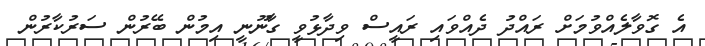
އެ ގޮވާލެއްވުމަށް ރައްދު ދެއްވައި ރައީސް ވިދާޅުވީ ގާނޫނީ އިމުން ބޭރުން ސަރުކާރުން